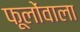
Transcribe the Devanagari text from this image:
फूलोंवाला